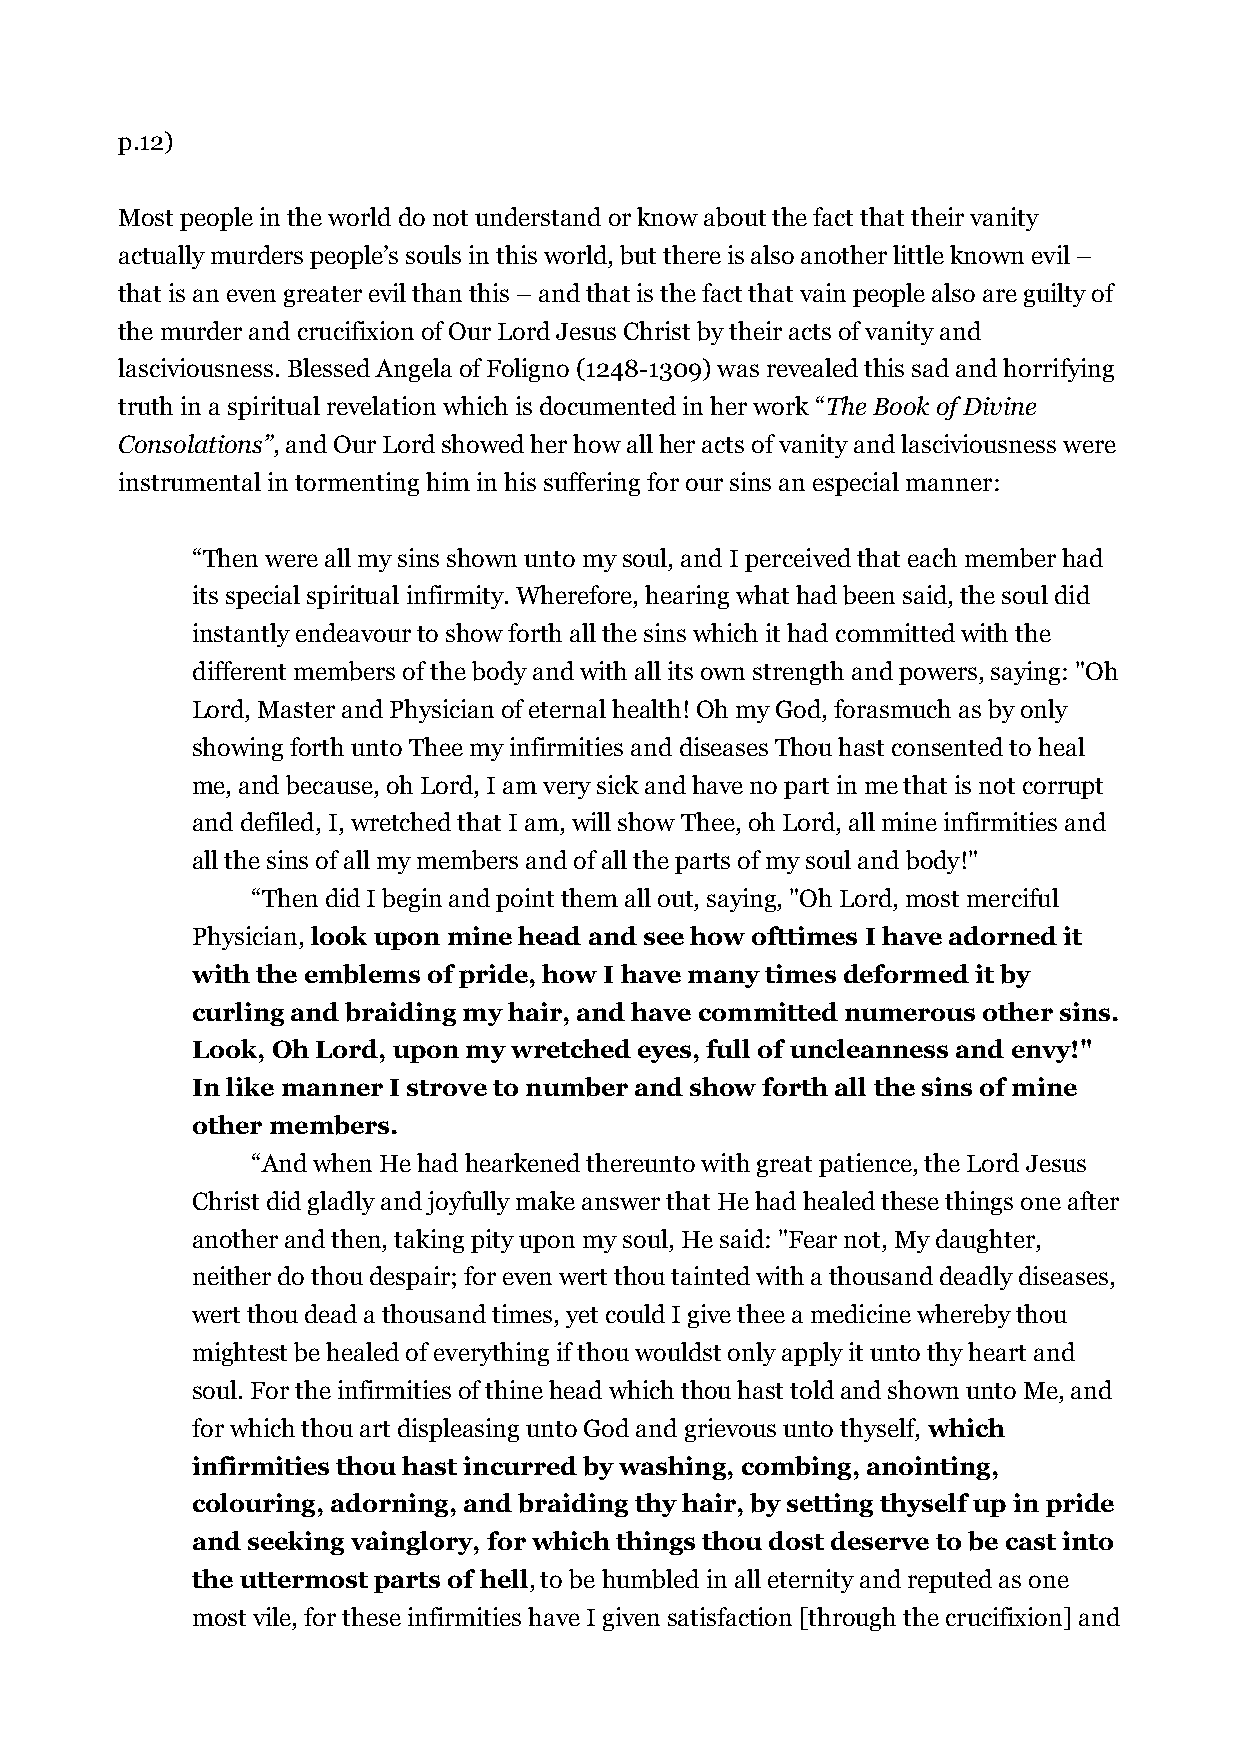
p.12)
 Most people in the world do not understand or know about the fact that their vanity
 actually murders people’s souls in this world, but there is also another little known evil –
 that is an even greater evil than this – and that is the fact that vain people also are guilty of
 the murder and crucifixion of Our Lord Jesus Christ by their acts of vanity and
 lasciviousness. Blessed Angela of Foligno (1248-1309) was revealed this sad and horrifying
 truth in a spiritual revelation which is documented in her work “The Book of Divine
 Consolations”, and Our Lord showed her how all her acts of vanity and lasciviousness were
 instrumental in tormenting him in his suffering for our sins an especial manner:
 “Then were all my sins shown unto my soul, and I perceived that each member had
 its special spiritual infirmity. Wherefore, hearing what had been said, the soul did
 instantly endeavour to show forth all the sins which it had committed with the
 different members of the body and with all its own strength and powers, saying: "Oh
 Lord, Master and Physician of eternal health! Oh my God, forasmuch as by only
 showing forth unto Thee my infirmities and diseases Thou hast consented to heal
 me, and because, oh Lord, I am very sick and have no part in me that is not corrupt
 and defiled, I, wretched that I am, will show Thee, oh Lord, all mine infirmities and
 all the sins of all my members and of all the parts of my soul and body!"
 “Then did I begin and point them all out, saying, "Oh Lord, most merciful
 Physician, look upon mine head and see how ofttimes I have adorned it
 with the emblems of pride, how I have many times deformed it by
 curling and braiding my hair, and have committed numerous other sins.
 Look, Oh Lord, upon my wretched eyes, full of uncleanness and envy!"
 In like manner I strove to number and show forth all the sins of mine
 other members.
 “And when He had hearkened thereunto with great patience, the Lord Jesus
 Christ did gladly and joyfully make answer that He had healed these things one after
 another and then, taking pity upon my soul, He said: "Fear not, My daughter,
 neither do thou despair; for even wert thou tainted with a thousand deadly diseases,
 wert thou dead a thousand times, yet could I give thee a medicine whereby thou
 mightest be healed of everything if thou wouldst only apply it unto thy heart and
 soul. For the infirmities of thine head which thou hast told and shown unto Me, and
 for which thou art displeasing unto God and grievous unto thyself, which
 infirmities thou hast incurred by washing, combing, anointing,
 colouring, adorning, and braiding thy hair, by setting thyself up in pride
 and seeking vainglory, for which things thou dost deserve to be cast into
 the uttermost parts of hell, to be humbled in all eternity and reputed as one
 most vile, for these infirmities have I given satisfaction [through the crucifixion] and